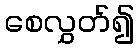
စေလွှတ်၍